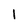
Character: 1